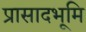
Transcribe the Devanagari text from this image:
प्रासादभूमि